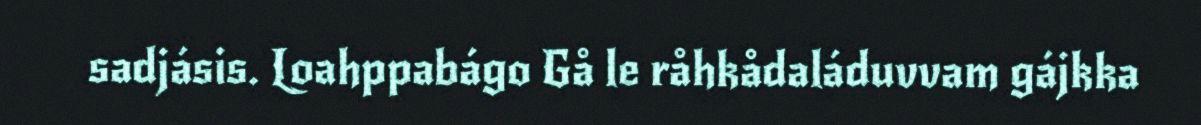
sadjásis. Loahppabágo Gå le råhkådaláduvvam gájkka